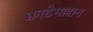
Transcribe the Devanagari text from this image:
क्वाटेमल्लान